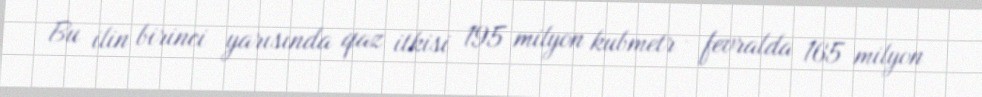
Bu ilin birinci yarısında qaz itkisi 195 milyon kubmetr - fevralda 165 milyon